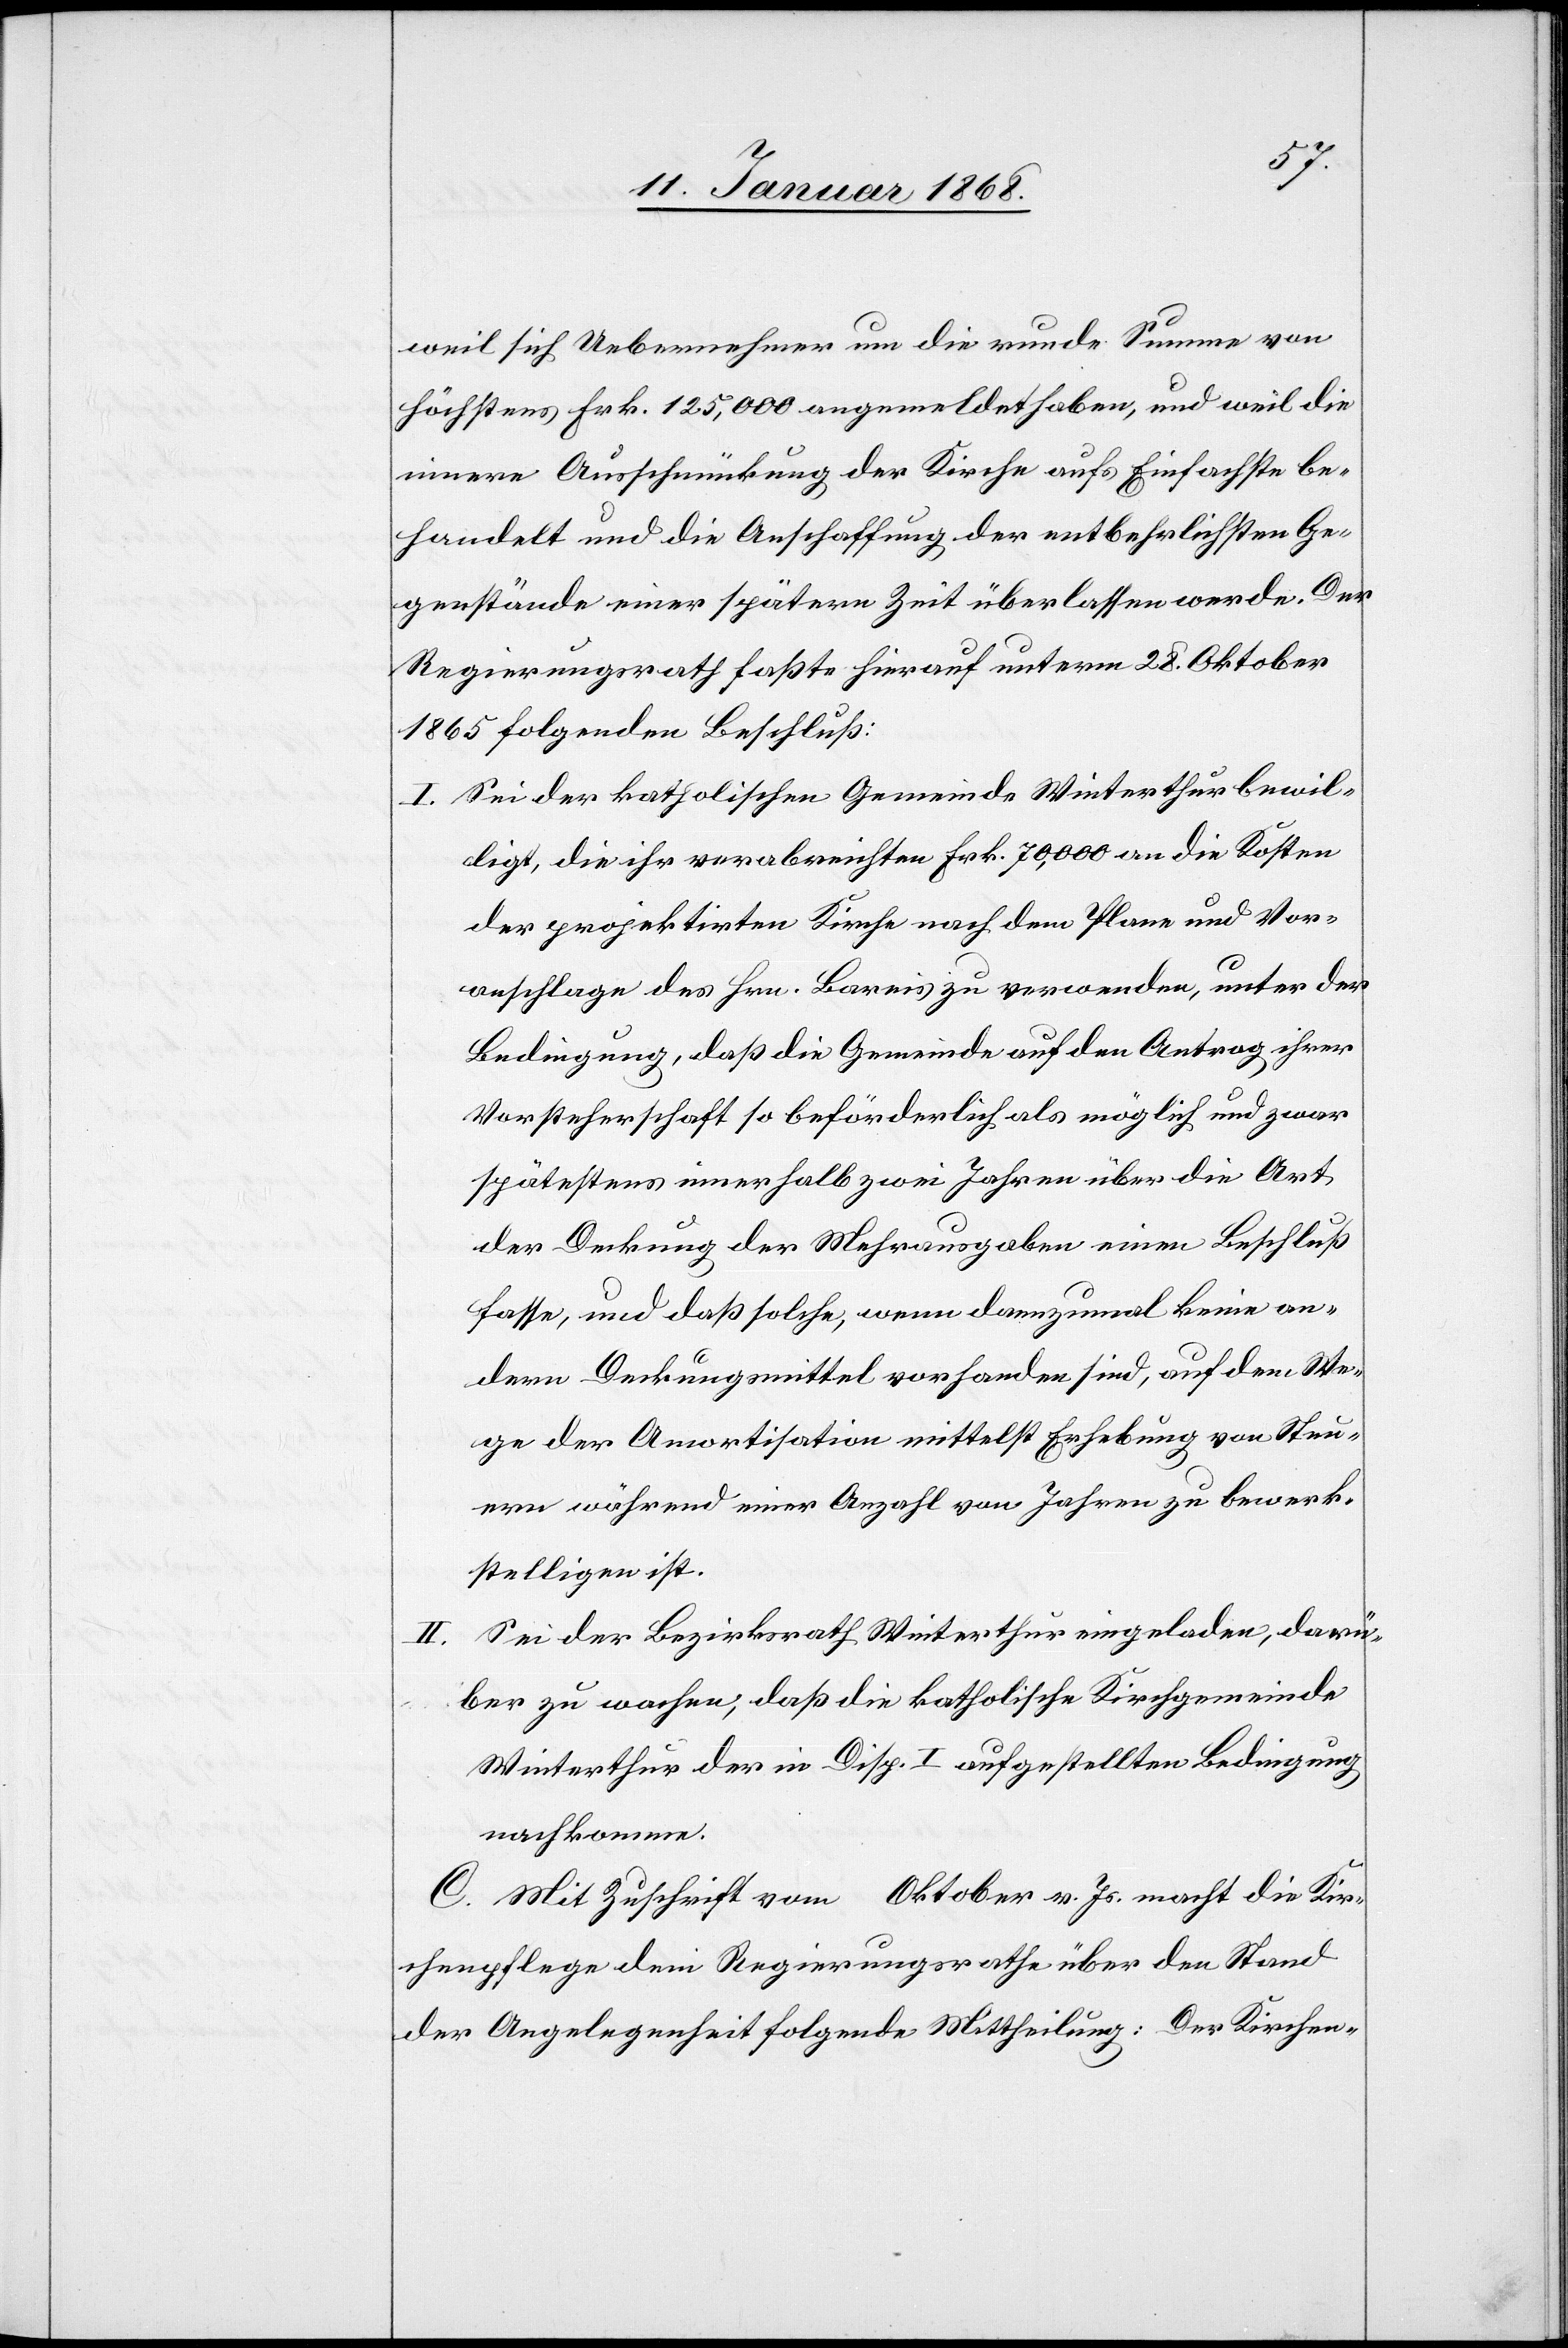
weil sich Uebernehmer um die runde Summe von
höchstens Frk. 125,000 angemeldet haben, und weil die
innere Ausschmückung der Kirche aufs Einfachste be¬
handelt und die Anschaffung der entbehrlichsten Ge¬
genstände einer spätern Zeit überlassen werde. Der
Regierungsrath faßte hierauf unterm 28. Oktober
1865 folgenden Beschluß:
Sei der katholischen Gemeinde Winterthur bewil¬
ligt, die ihr verabreichten Frk. 70,000 an die Kosten
der projektirten Kirche nach dem Plane und Vor¬
anschlage des Hrn. Bareis zu verwenden, unter der
Bedingung, daß die Gemeinde auf den Antrag ihrer
Vorsteherschaft so beförderlich als möglich und zwar
spätestens innerhalb zwei Jahren über die Art
der Deckung der Mehrausgaben einen Beschluß
fasse, und daß solche, wenn dannzumal keine an¬
dern Deckungsmittel vorhanden sind, auf dem We¬
ge der Amortisation mittelst Erhebung von Steu¬
ern während einer Anzahl von Jahren zu bewerk¬
stelligen ist.
Sei der Bezirksrath Winterthur eingeladen, darü¬
ber zu wachen, daß die katholische Kirchgemeinde
Winterthur der in Disp. I aufgestellten Bedingung
nachkomme.
C. Mit Zuschrift vom … Oktober v. Js. macht die Kir¬
chenpflege dem Regierungsrathe über den Stand
der Angelegenheit folgende Mittheilung: Der Kirchen-